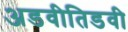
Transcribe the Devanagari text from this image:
अडवीतिडवी